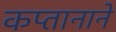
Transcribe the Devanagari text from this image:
कप्‍तानाने